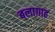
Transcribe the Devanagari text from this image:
बलाग़ाह